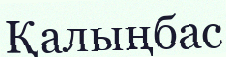
Қалыңбас